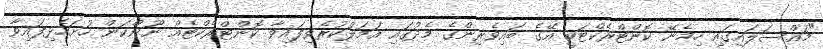
"މައްސަލައިގައި ހިމެނޭ ކޮންޓްރެކްޓަކީ އޭގެ ބައިވެރިންގެ މެދުގައި އަމަލުކުރެވިފައިވާ ކޮންޓްރެކްޓެއް ނޫންކަން ހުށަހެޅިފައިވާ